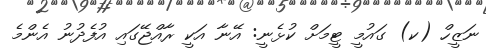
ނަޒީހް (ކ) ގައުމީ ޓީމަށް ކުޅެނީ: އޭނާ އަކީ ރާއްޖޭގައި އުފެދުނު އެންމެ